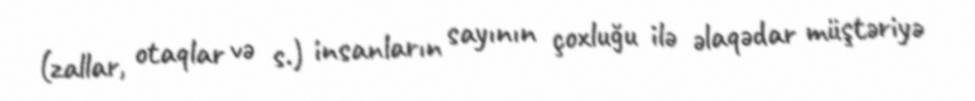
(zallar, otaqlar və s.) insanların sayının çoxluğu ilə əlaqədar müştəriyə